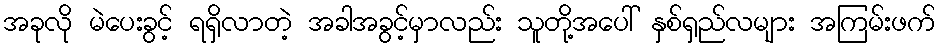
အခုလို မဲပေးခွင့် ရရှိလာတဲ့ အခါအခွင့်မှာလည်း သူတို့အပေါ် နှစ်ရှည်လများ အကြမ်းဖက်